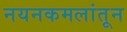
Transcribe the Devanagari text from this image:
नयनकमलांतून